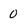
Character: 0